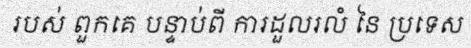
របស់ ពួកគេ បន្ទាប់ពី ការដួលរលំ នៃ ប្រទេស